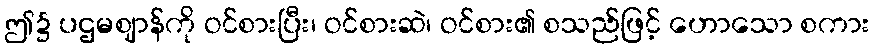
ဤ၌ ပဌမဈာန်ကို ဝင်စားပြီး၊ ဝင်စားဆဲ၊ ဝင်စား၏ စသည်ဖြင့် ဟောသော စကား